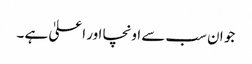
جو ان سب سے اونچا اور اعلیٰ ہے ۔